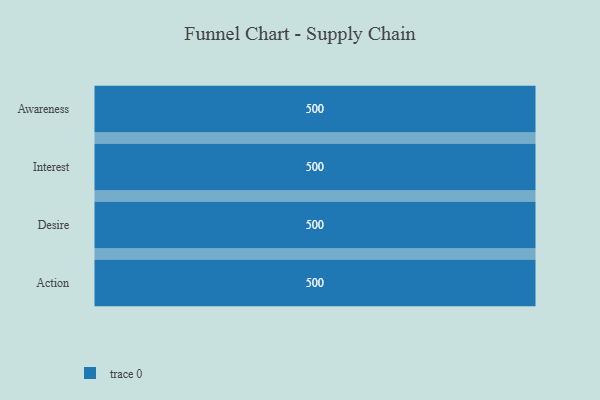
{"axis": {"x": "Stage", "y": "Value"}, "legend": [""], "data": [{"x": "Awareness", "y": 500, "type": ""}, {"x": "Interest", "y": 500, "type": ""}, {"x": "Desire", "y": 500, "type": ""}, {"x": "Action", "y": 500, "type": ""}]}